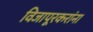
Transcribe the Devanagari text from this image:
विजापूरकरांना